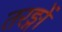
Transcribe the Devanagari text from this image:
तरङ्गों